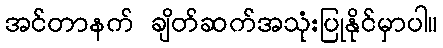
အင်တာနက် ချိတ်ဆက်အသုံးပြုနိုင်မှာပါ။